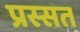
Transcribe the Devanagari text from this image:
प्रस्सत